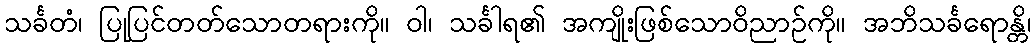
သင်္ခတံ၊ ပြုပြင်တတ်သောတရားကို။ ဝါ၊ သင်္ခါရ၏ အကျိုးဖြစ်သောဝိညာဉ်ကို။ အဘိသင်္ခရောန္တိ၊